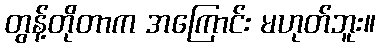
တွန့်တိုတာက အကြောင်း မဟုတ်ဘူး။